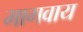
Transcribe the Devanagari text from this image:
मागवाय